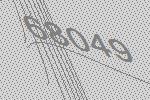
68049